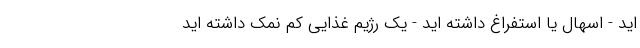
اید - اسهال یا استفراغ داشته اید - یک رژیم غذایی کم نمک داشته اید